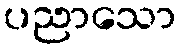
ပညာသော